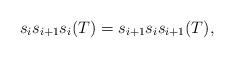
LaTeX: \begin{align*} s_i s_{i+1} s_i(T) = s_{i+1} s_i s_{i+1}(T), \end{align*}